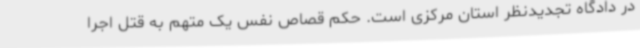
در دادگاه تجدیدنظر استان مرکزی است. حکم قصاص نفس یک متهم به قتل اجرا